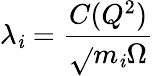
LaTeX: \lambda_{\mathit{i}}=\frac{{C(Q^{2})}}{{\sqrt{}{{m_{\mathit{i}}\Omega}}}}